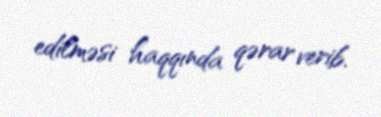
edilməsi haqqında qərar verib.